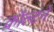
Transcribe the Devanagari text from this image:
कॉल्टने